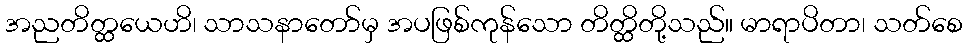
အညတိတ္ထယေဟိ၊ သာသနာတော်မှ အပဖြစ်ကုန်သော တိတ္ထိတို့သည်။ မာရာပိတာ၊ သတ်စေ